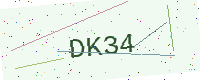
Text: DK34